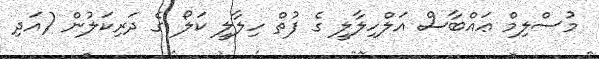
މުސްލިމް ޢައްބާސް އަލްހިލާލީ ގެ ފުތް ހިލާލީ ކަލޯ ގެ ދަރިކަލުން (އަދި